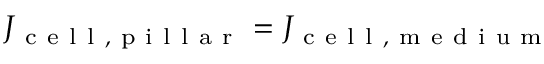
J _ { \mathrm { ~ c ~ e ~ l ~ l ~ , ~ p ~ i ~ l ~ l ~ a ~ r ~ } } = J _ { \mathrm { ~ c ~ e ~ l ~ l ~ , ~ m ~ e ~ d ~ i ~ u ~ m ~ } }